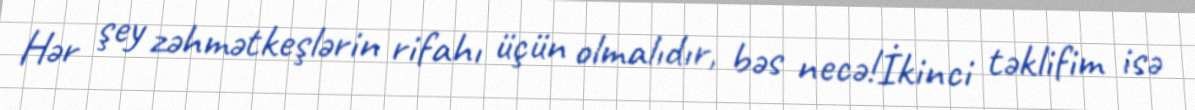
Hər şey zəhmətkeşlərin rifahı üçün olmalıdır, bəs necə!İkinci təklifim isə